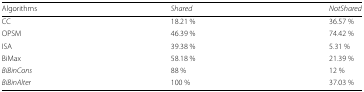
| Algorithms | Shared | NotShared |
 | --- | --- | --- |
 | CC | 18.21 % | 36.57 % |
 | OPSM | 46.39 % | 74.42 % |
 | ISA | 39.38 % | 5.31 % |
 | BiMax | 58.18 % | 21.39 % |
 | BiBinCons | 88 % | 12 % |
 | BiBinAlter | 100 % | 37.03 % |